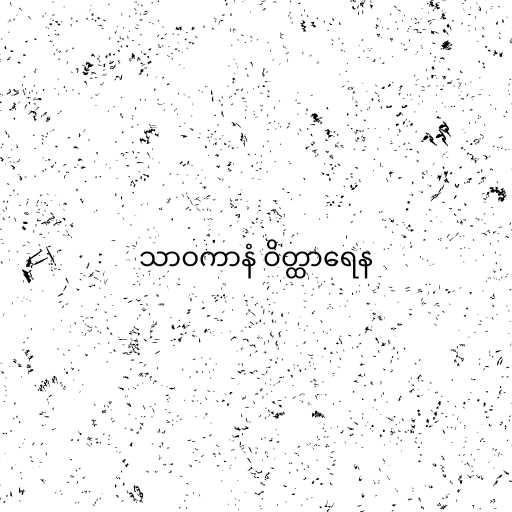
သာဝကာနံ ဝိတ္ထာရေန